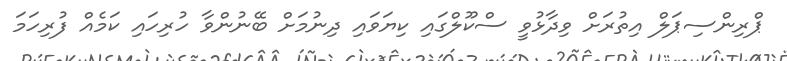
ޕްރިންސިޕަލް އިތުރަށް ވިދާޅުވީ ސްކޫލްގައި ކިޔަވައި ދިނުމަށް ބޭނުންވާ ހުރިހައި ކަމެއް ފުރިހަމަ